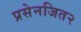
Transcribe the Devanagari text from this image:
प्रसेनजित२